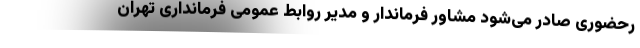
رحضوری صادر می‌شود مشاور فرماندار و مدیر روابط عمومی فرمانداری تهران